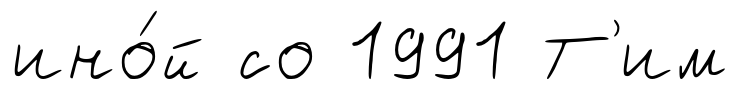
ино́й со 1991 Т'им